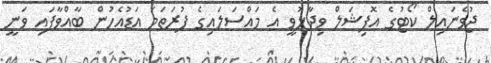
ޖުވެނައިލް ކޯޓުގެ އޮފިޝަލް ވިދާޅުވީ އެ މައްސަލައިގެ ފުރަތަމަ އަޑުއެހުން ބާއްވާފައި ވަނީ